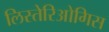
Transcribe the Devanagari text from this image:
लिस्तेरिओगिस